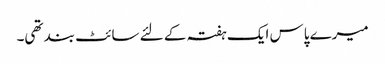
میرے پاس ایک ہفتہ کے لئے سائٹ بند تھی۔